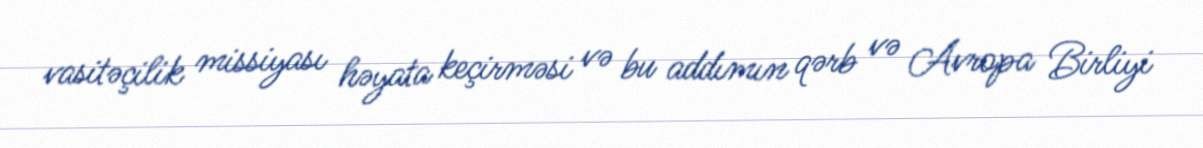
vasitəçilik missiyası həyata keçirməsi və bu addımın qərb və Avropa Birliyi